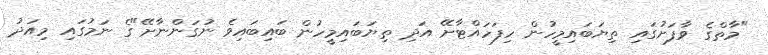
"މާތްގެ ވާފަށުގައި ތިޔަބައިމީހުން ހިފަހައްޓާށޭ އަދި ތިޔަބައިމީހުން ބައިބައިވެ ނުގަންނާށޭ"ގެ ނަމުގައި މިއަދު